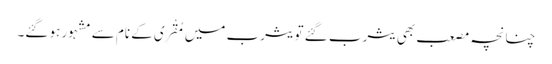
چنانچہ مصعب بھی یثرب گئے تو یثرب میں مُقْرِی کے نام سے مشہور ہو گئے۔